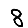
Digit: 8